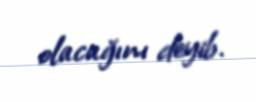
olacağını deyib.